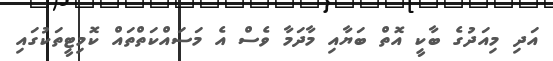
އަދި މިއަދުގެ ބާކީ އޮތް ބަޔާއި މާދަމާ ވެސް އެ މަސައްކަތްތައް ކޮމިޓީތަކުގައި